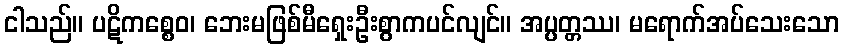
ငါသည်။ ပဋိကစ္စေဝ၊ ဘေးမဖြစ်မီရှေးဦးစွာကပင်လျင်။ အပ္ပတ္တဿ၊ မရောက်အပ်သေးသော